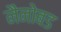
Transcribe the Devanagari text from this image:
नैनोबड